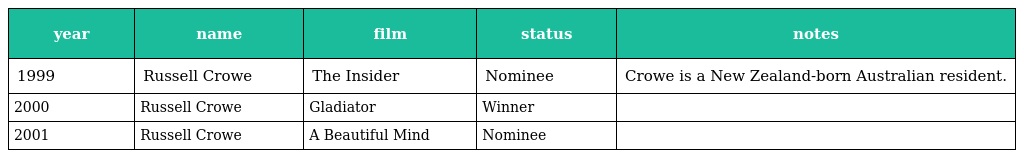
| year | name | film | status | notes |
 | --- | --- | --- | --- | --- |
 | 1999 | Russell Crowe | The Insider | Nominee | Crowe is a New Zealand-born Australian resident. |
 | 2000 | Russell Crowe | Gladiator | Winner |  |
 | 2001 | Russell Crowe | A Beautiful Mind | Nominee |  |